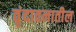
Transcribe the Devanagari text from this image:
वृंदावनातील